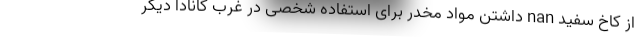
از کاخ سفید nan داشتن مواد مخدر برای استفاده شخصی در غرب کانادا دیگر